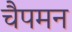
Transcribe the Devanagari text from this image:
चैपमन